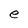
Character: e